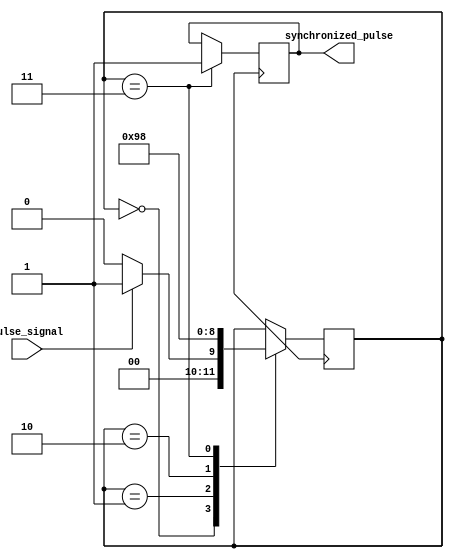
module PulseSynchronizer(
    input wire pulse_signal,
    output reg synchronized_pulse
);

reg [2:0] state;

always @(posedge clk) begin
    case (state)
        3'b000: begin
            if (pulse_signal == 1'b1)
                state <= 3'b001;
            else
                state <= 3'b000;
        end
        3'b001: begin
            state <= 3'b010;
        end
        3'b010: begin
            state <= 3'b011;
        end
        3'b011: begin
            synchronized_pulse <= 1'b1;
            state <= 3'b000;
        end
    endcase
end

endmodule